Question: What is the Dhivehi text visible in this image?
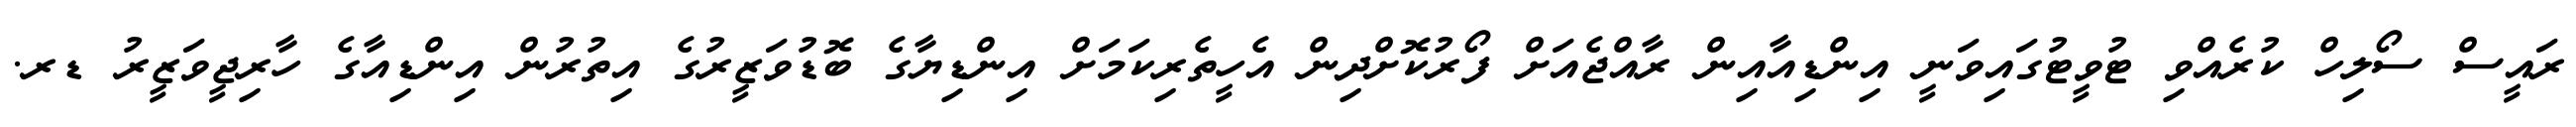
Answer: ރައީސް ސޯލިހް ކުރެއްވި ޓުވީޓުގައިވަނީ އިންޑިއާއިން ރާއްޖެއަށް ފޯރުކޮށްދިން އެހީތެރިކަމަށް އިންޑިޔާގެ ބޮޑުވަޒީރުގެ އިތުރުން އިންޑިއާގެ ހާރިޖީވަޒީރު ޑރ.